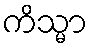
ကိသ္မာ